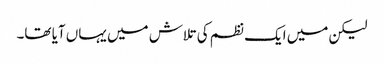
لیکن میں ایک نظم کی تلاش میں یہاں آیا تھا۔